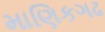
માણિકગઢ